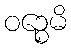
ဝဉ္စေမိ